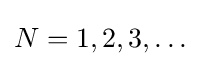
N=1,2,3,\dots